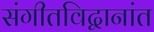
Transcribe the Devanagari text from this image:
संगीतविद्वानांत